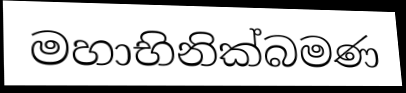
මහාභිනික්බමණ